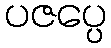
ပဇပ္ပေ